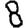
Digit: 8